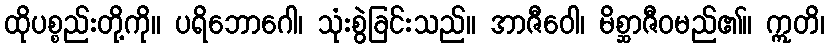
ထိုပစ္စည်းတို့ကို။ ပရိဘောဂေါ၊ သုံးစွဲခြင်းသည်။ အာဇီဝေါ၊ မိစ္ဆာဇီဝမည်၏။ ဣတိ၊